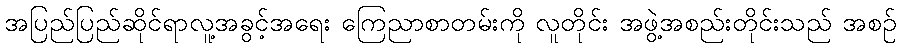
အပြည်ပြည်ဆိုင်ရာလူ့အခွင့်အရေး ကြေညာစာတမ်းကို လူတိုင်း အဖွဲ့အစည်းတိုင်းသည် အစဉ်